DOW-UAP-D49, Launch Summary, Vandenberg AFB, 2000
Agency: Department of War
Incident date: 2/3/00
Page 111
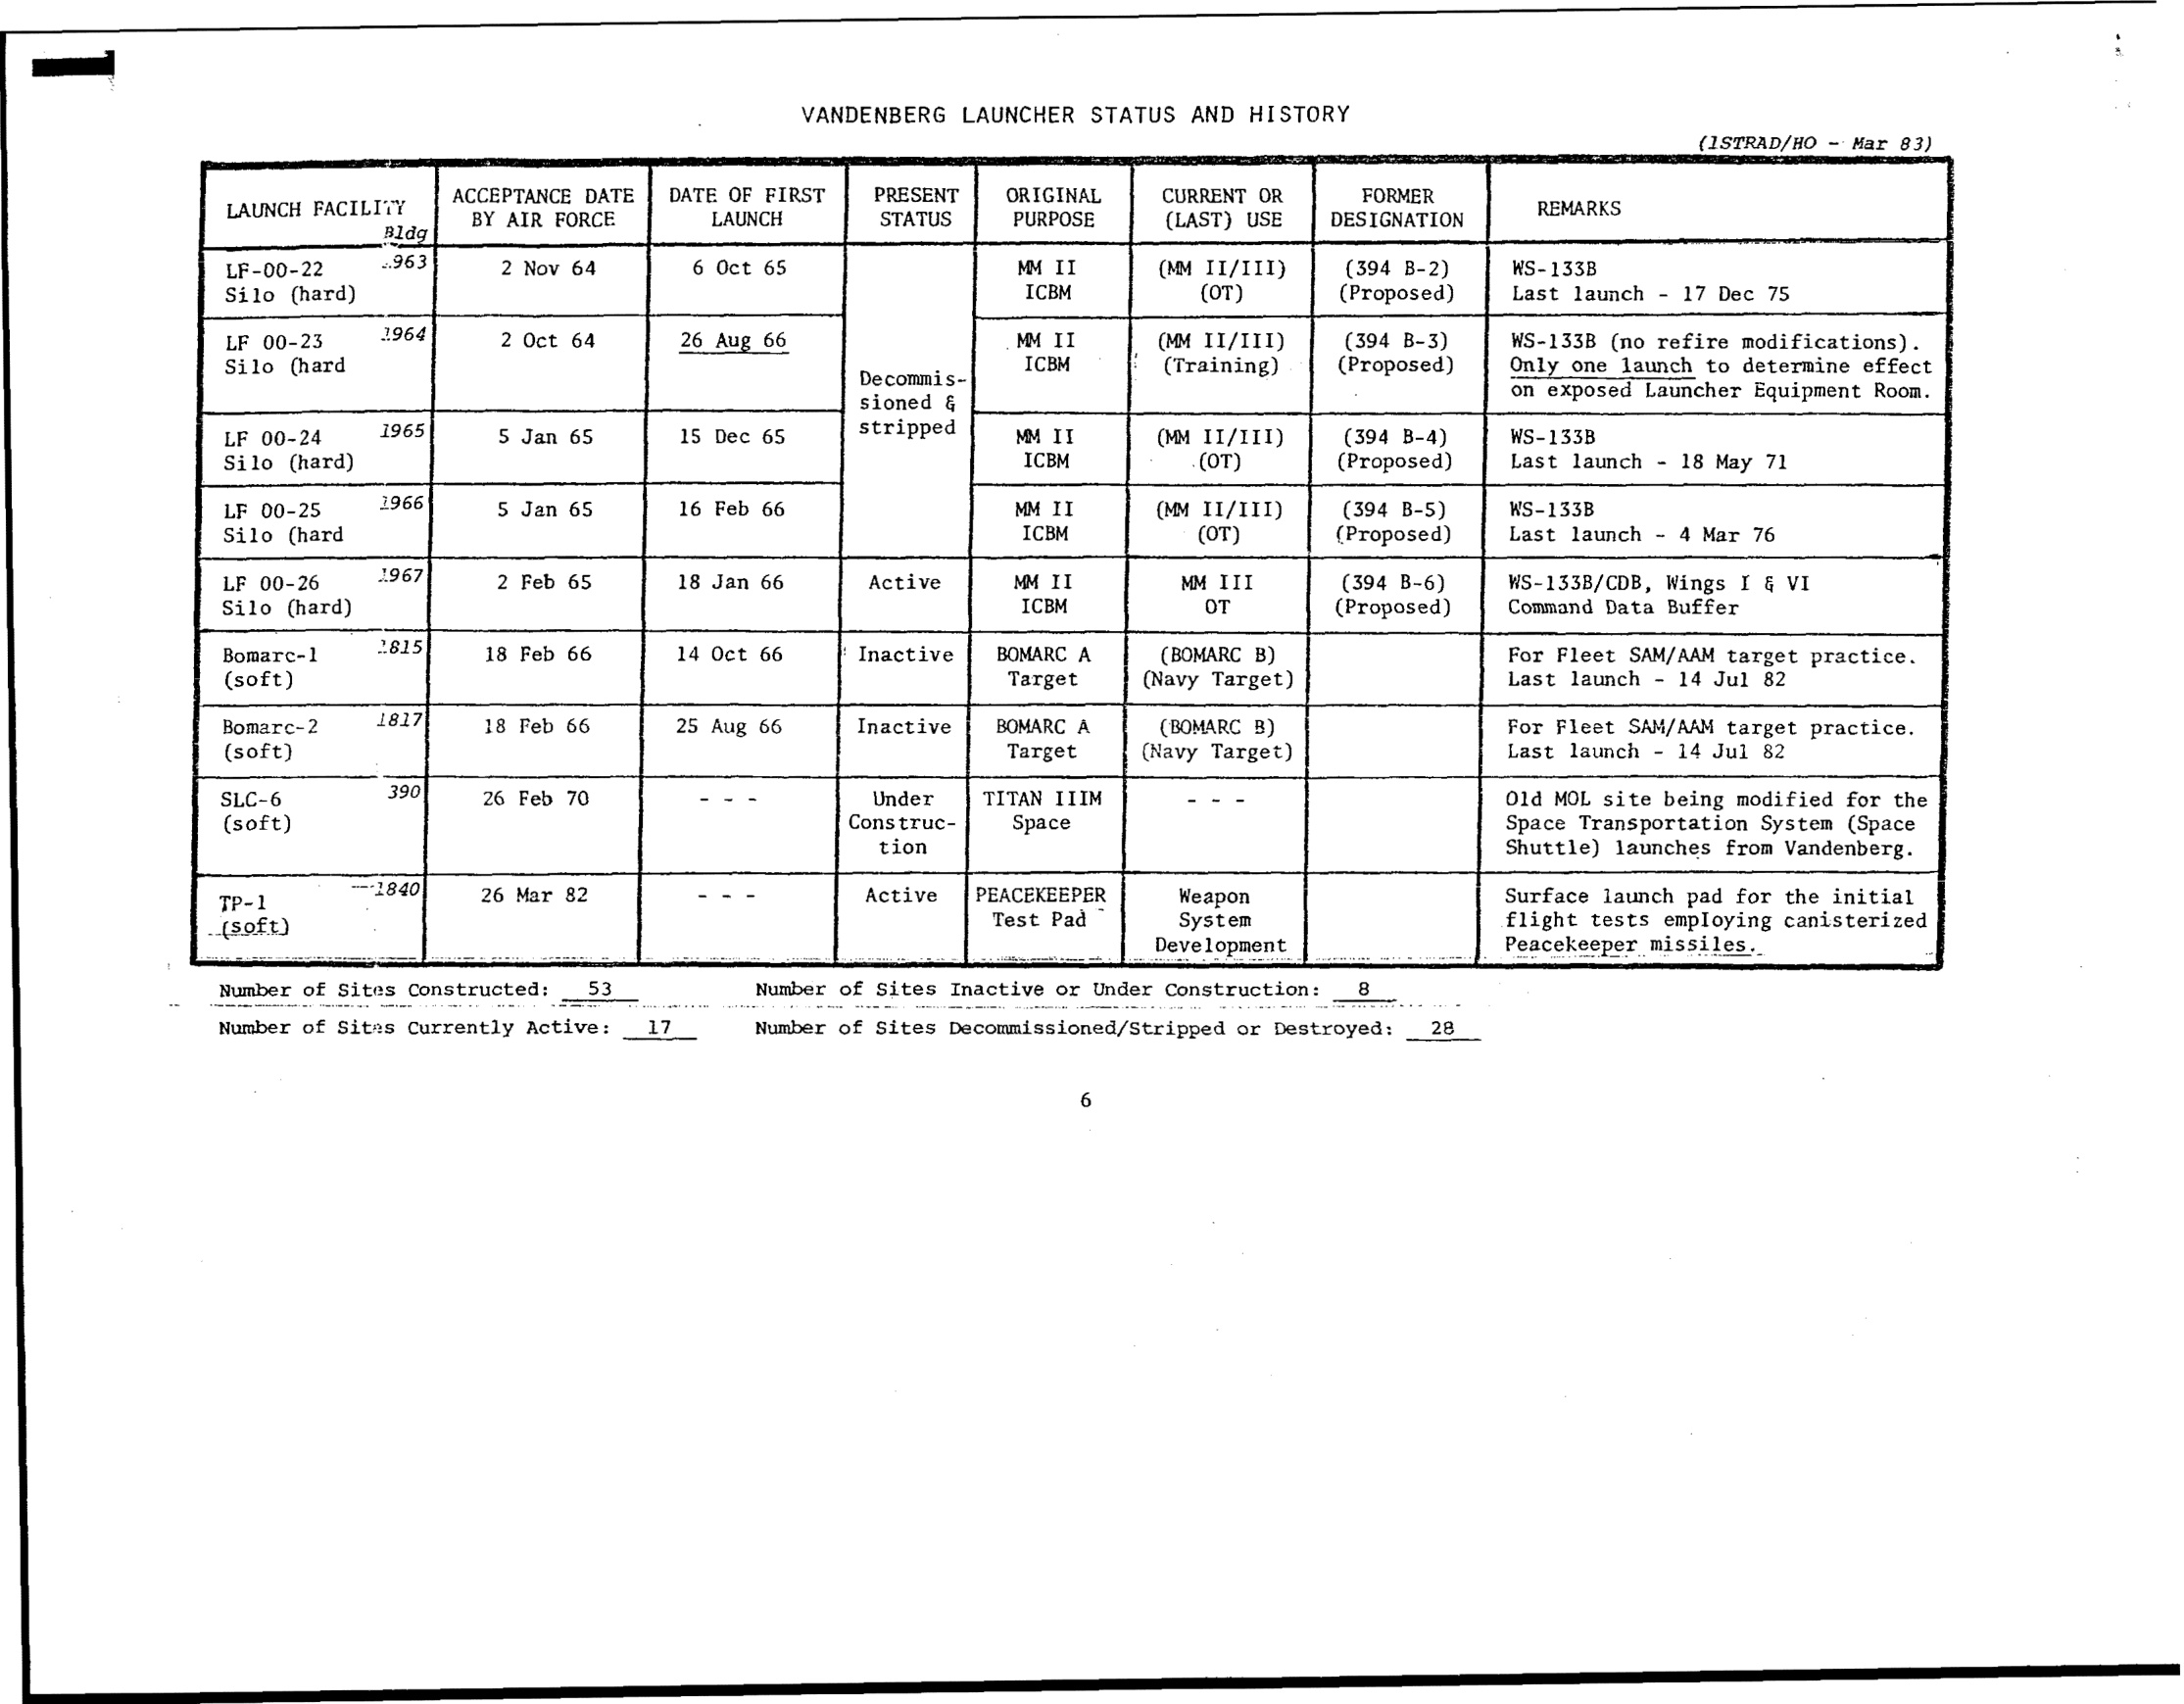